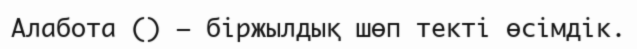
Алабота () — біржылдық шөп текті өсімдік.